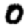
Digit: 0